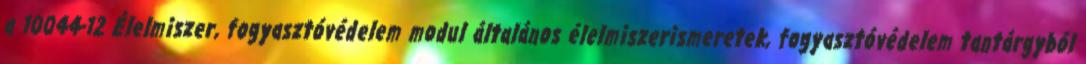
a 10044-12 Élelmiszer, fogyasztóvédelem modul általános élelmiszerismeretek, fogyasztóvédelem tantárgyból